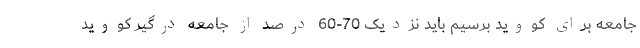
جامعه برای کووید برسیم باید نزدیک 70-60 درصد از جامعه درگیر کووید